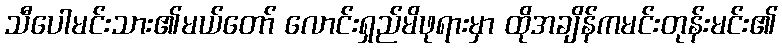
သီပေါမင်းသား၏မယ်တော် လောင်းရှည်မိဖုရားမှာ ထိုအချိန်ကမင်းတုန်းမင်း၏